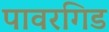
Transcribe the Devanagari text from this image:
पावरगिड